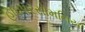
હાઇપરસોમનિયા